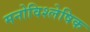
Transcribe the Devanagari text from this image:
मनोविश्लेषिक